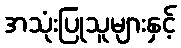
အသုံးပြုသူများနှင့်